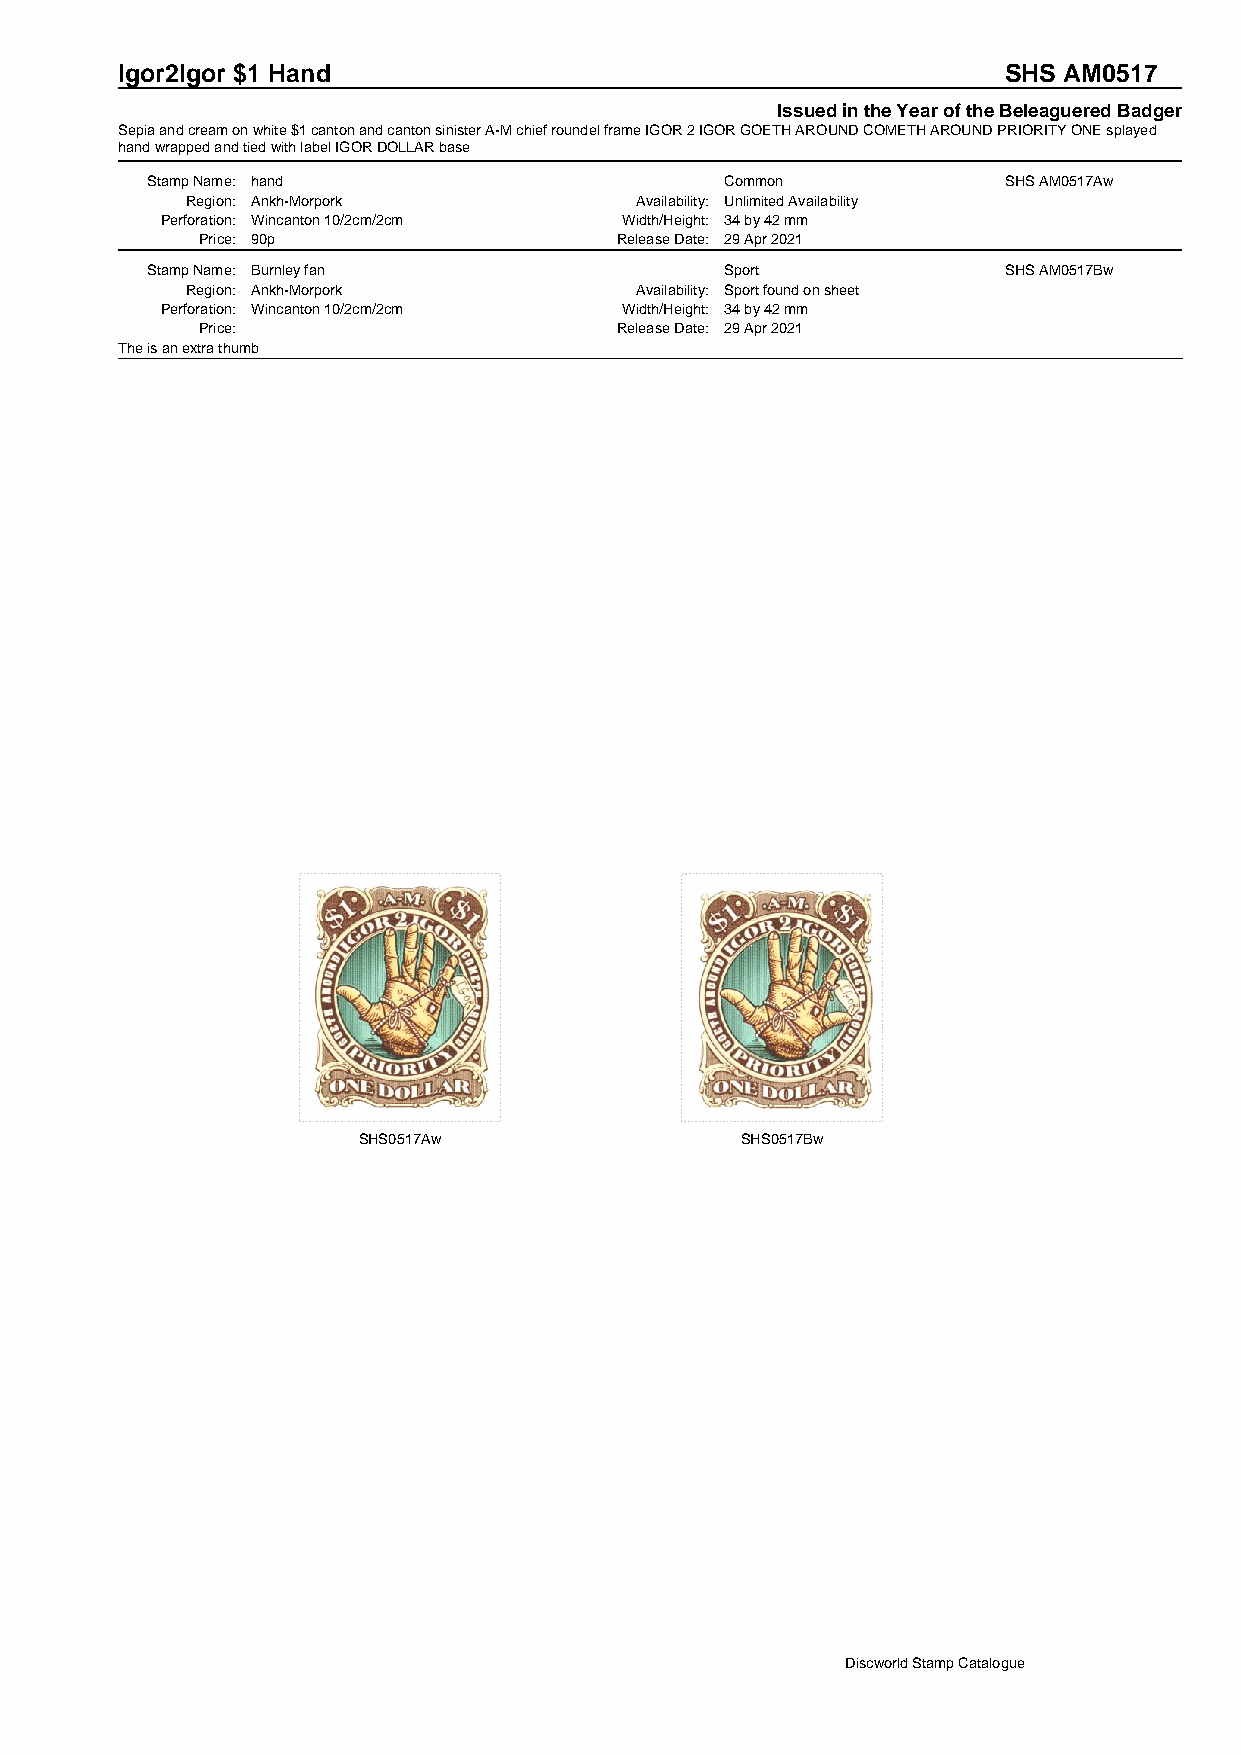
Igor2Igor $1 Hand                                         SHS AM0517
 Issued in the Year of the Beleaguered Badger
 Sepia and cream on white $1 canton and canton sinister A-M chief roundel frame IGOR 2 IGOR GOETH AROUND COMETH AROUND PRIORITY ONE splayed
 hand wrapped and tied with label IGOR DOLLAR base
 Stamp Name: hand                      Common            SHS AM0517Aw
 Region: Ankh-Morpork          Availability: Unlimited Availability
 Perforation: Wincanton 10/2cm/2cm Width/Height: 34 by 42 mm
 Price: 90p                  Release Date: 29 Apr 2021
 Stamp Name: Burnley fan               Sport             SHS AM0517Bw
 Region: Ankh-Morpork          Availability: Sport found on sheet
 Perforation: Wincanton 10/2cm/2cm Width/Height: 34 by 42 mm
 Price:                      Release Date: 29 Apr 2021
 The is an extra thumb
 SHS0517Aw                SHS0517Bw
 Discworld Stamp Catalogue